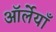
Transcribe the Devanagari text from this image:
ऑर्लेयाँ